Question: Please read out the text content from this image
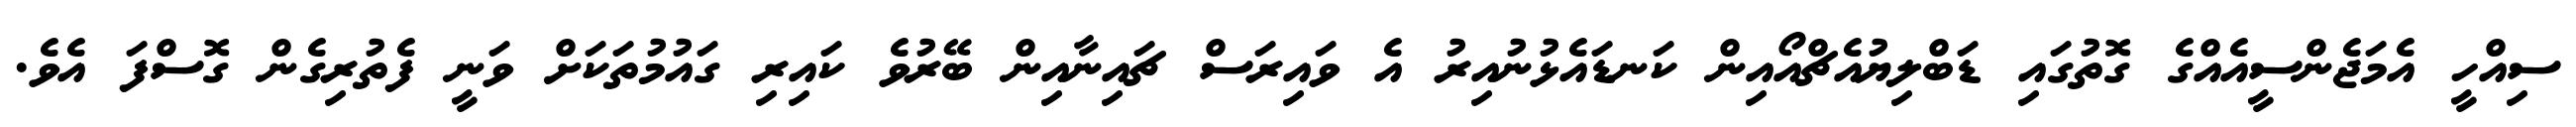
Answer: ސިއްހީ އެމަޖެންސީއެއްގެ ގޮތުގައި ޑަބްލިޔުއެޗްއޯއިން ކަނޑައެޅުނުއިރު އެ ވައިރަސް ޗައިނާއިން ބޭރުވެ ކައިރި ގައުމުތަކަށް ވަނީ ފެތުރިގެން ގޮސްފަ އެވެ.